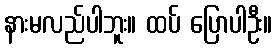
နားမလည်ပါဘူး။ ထပ် ပြောပါဦး။